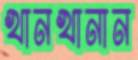
খানখানান